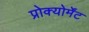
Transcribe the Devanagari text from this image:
प्रोक्योर्मेंट